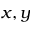
x , y